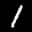
Label: 1